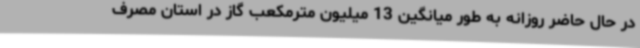
در حال حاضر روزانه به طور میانگین 13 میلیون مترمکعب گاز در استان مصرف